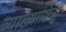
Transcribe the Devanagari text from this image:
व्याख्यायित्रों